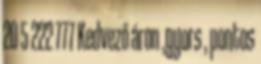
20 5 222 777 Kedvező áron ,gyors , pontos